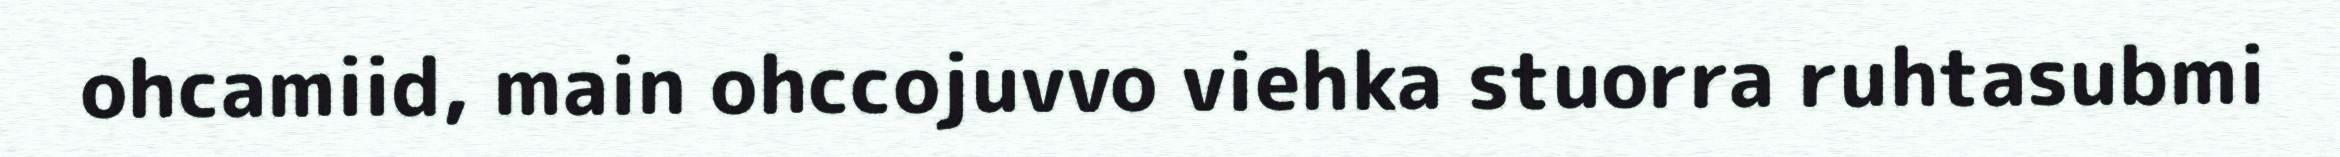
ohcamiid, main ohccojuvvo viehka stuorra ruhtasubmi